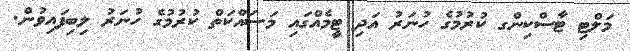
މަލްޓި ޓާސްކިންގ ކުރުމުގެ ހުނަރު އަދި ޓީމެއްގައި މަސައްކަތް ކުރުމުގެ ހުނަރު ލިބިފައިވުން.